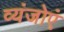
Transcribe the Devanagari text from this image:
व्यंजोएं